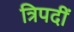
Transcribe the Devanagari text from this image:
त्रिपदीं